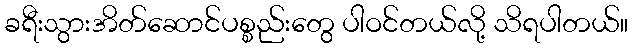
ခရီးသွားအိတ်ဆောင်ပစ္စည်းတွေ ပါဝင်တယ်လို့ သိရပါတယ်။